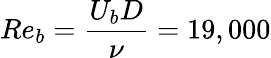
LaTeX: Re_{b}=\frac{U_{b}D}{\nu}=19,000